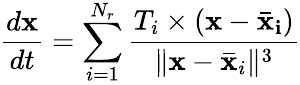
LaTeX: \frac{d\mathbf{x}}{dt}=\sum_{i=1}^{N_{r}}\frac{T_{i}\times(\mathbf{x}-\mathbf{\bar{x}_{i}})}{\| \mathbf{x}-\mathbf{\bar{x}}_{i}\| ^{3}}